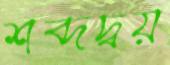
শব্দদ্বয়